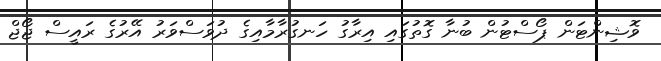
ވޮޝިންޓަން ޕޯސްޓުން ބުނާ ގޮތުގައި އިރާގު ހަނގުރާމާއިގެ ދުވަސްވަރު އޭރުގެ ރައީސް ޖޯޖް